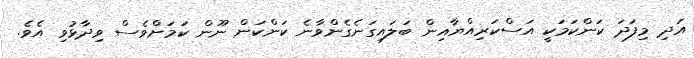
އަދި މިފަދަ ކަންކަމަކީ އަސްކަރިއްޔާއިން ބަލައިގަނެގެންވާނެ ކަންކަން ނޫން ކަމަށްވެސް ވިދާޅުވި އެވެ.